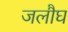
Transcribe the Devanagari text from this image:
जलौघ